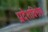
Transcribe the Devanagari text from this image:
प्रदेशविशेष